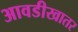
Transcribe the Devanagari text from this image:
आवडीखातर